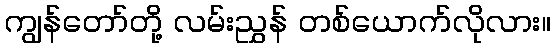
ကျွန်တော်တို့ လမ်းညွှန် တစ်ယောက်လိုလား။